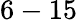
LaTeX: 6-15